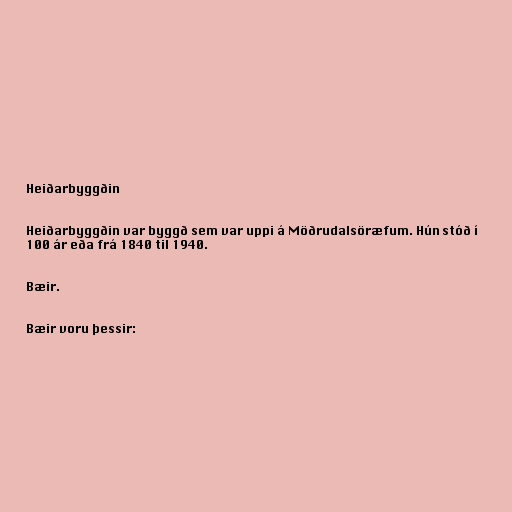
Heiðarbyggðin

Heiðarbyggðin var byggð sem var uppi á Möðrudalsöræfum. Hún stóð í
100 ár eða frá 1840 til 1940.

Bæir.

Bæir voru þessir: